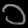
Digit: ၁